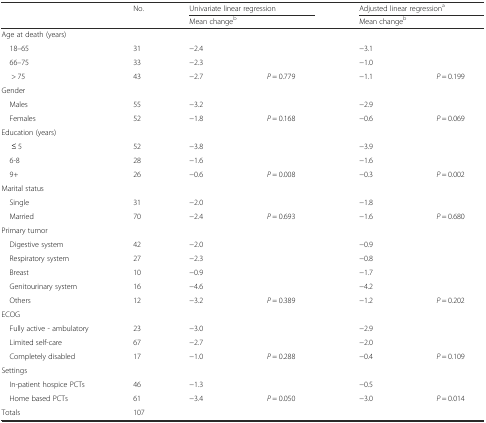
|  | No. | <COLSPAN=2> Univariate linear regression | <COLSPAN=2> Adjusted linear regressiona |
 |  |  | <COLSPAN=2> Mean changeb | <COLSPAN=2> Mean changeb |
 | --- | --- | --- | --- | --- | --- |
 | Age at death (years) |  |  |  |  |  |
 | 18–65 | 31 | −2.4 |  | −3.1 |  |
 | 66–75 | 33 | −2.3 |  | −1.0 |  |
 | > 75 | 43 | −2.7 | P = 0.779 | −1.1 | P = 0.199 |
 | Gender |  |  |  |  |  |
 | Males | 55 | −3.2 |  | −2.9 |  |
 | Females | 52 | −1.8 | P = 0.168 | −0.6 | P = 0.069 |
 | Education (years) |  |  |  |  |  |
 | ≤ 5 | 52 | −3.8 |  | −3.9 |  |
 | 6-8 | 28 | −1.6 |  | −1.6 |  |
 | 9+ | 26 | −0.6 | P = 0.008 | −0.3 | P = 0.002 |
 | Marital status |  |  |  |  |  |
 | Single | 31 | −2.0 |  | −1.8 |  |
 | Married | 70 | −2.4 | P = 0.693 | −1.6 | P = 0.680 |
 | Primary tumor |  |  |  |  |  |
 | Digestive system | 42 | −2.0 |  | −0.9 |  |
 | Respiratory system | 27 | −2.3 |  | −0.8 |  |
 | Breast | 10 | −0.9 |  | −1.7 |  |
 | Genitourinary system | 16 | −4.6 |  | −4.2 |  |
 | Others | 12 | −3.2 | P = 0.389 | −1.2 | P = 0.202 |
 | ECOG |  |  |  |  |  |
 | Fully active - ambulatory | 23 | −3.0 |  | −2.9 |  |
 | Limited self-care | 67 | −2.7 |  | −2.0 |  |
 | Completely disabled | 17 | −1.0 | P = 0.288 | −0.4 | P = 0.109 |
 | Settings |  |  |  |  |  |
 | In-patient hospice PCTs | 46 | −1.3 |  | −0.5 |  |
 | Home based PCTs | 61 | −3.4 | P = 0.050 | −3.0 | P = 0.014 |
 | Totals | 107 |  |  |  |  |